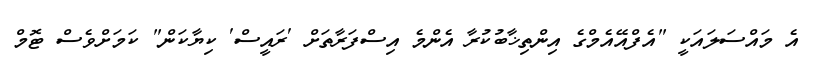
އެ މައްސަލައަކީ "އެފްއޭއެމްގެ އިންތިޚާބުކުރާ އެންމެ އިސްފަރާތަށް 'ރައީސް' ކިޔާކަން" ކަމަށްވެސް ޓޮމް